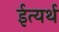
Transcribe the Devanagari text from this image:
ईत्यर्थ